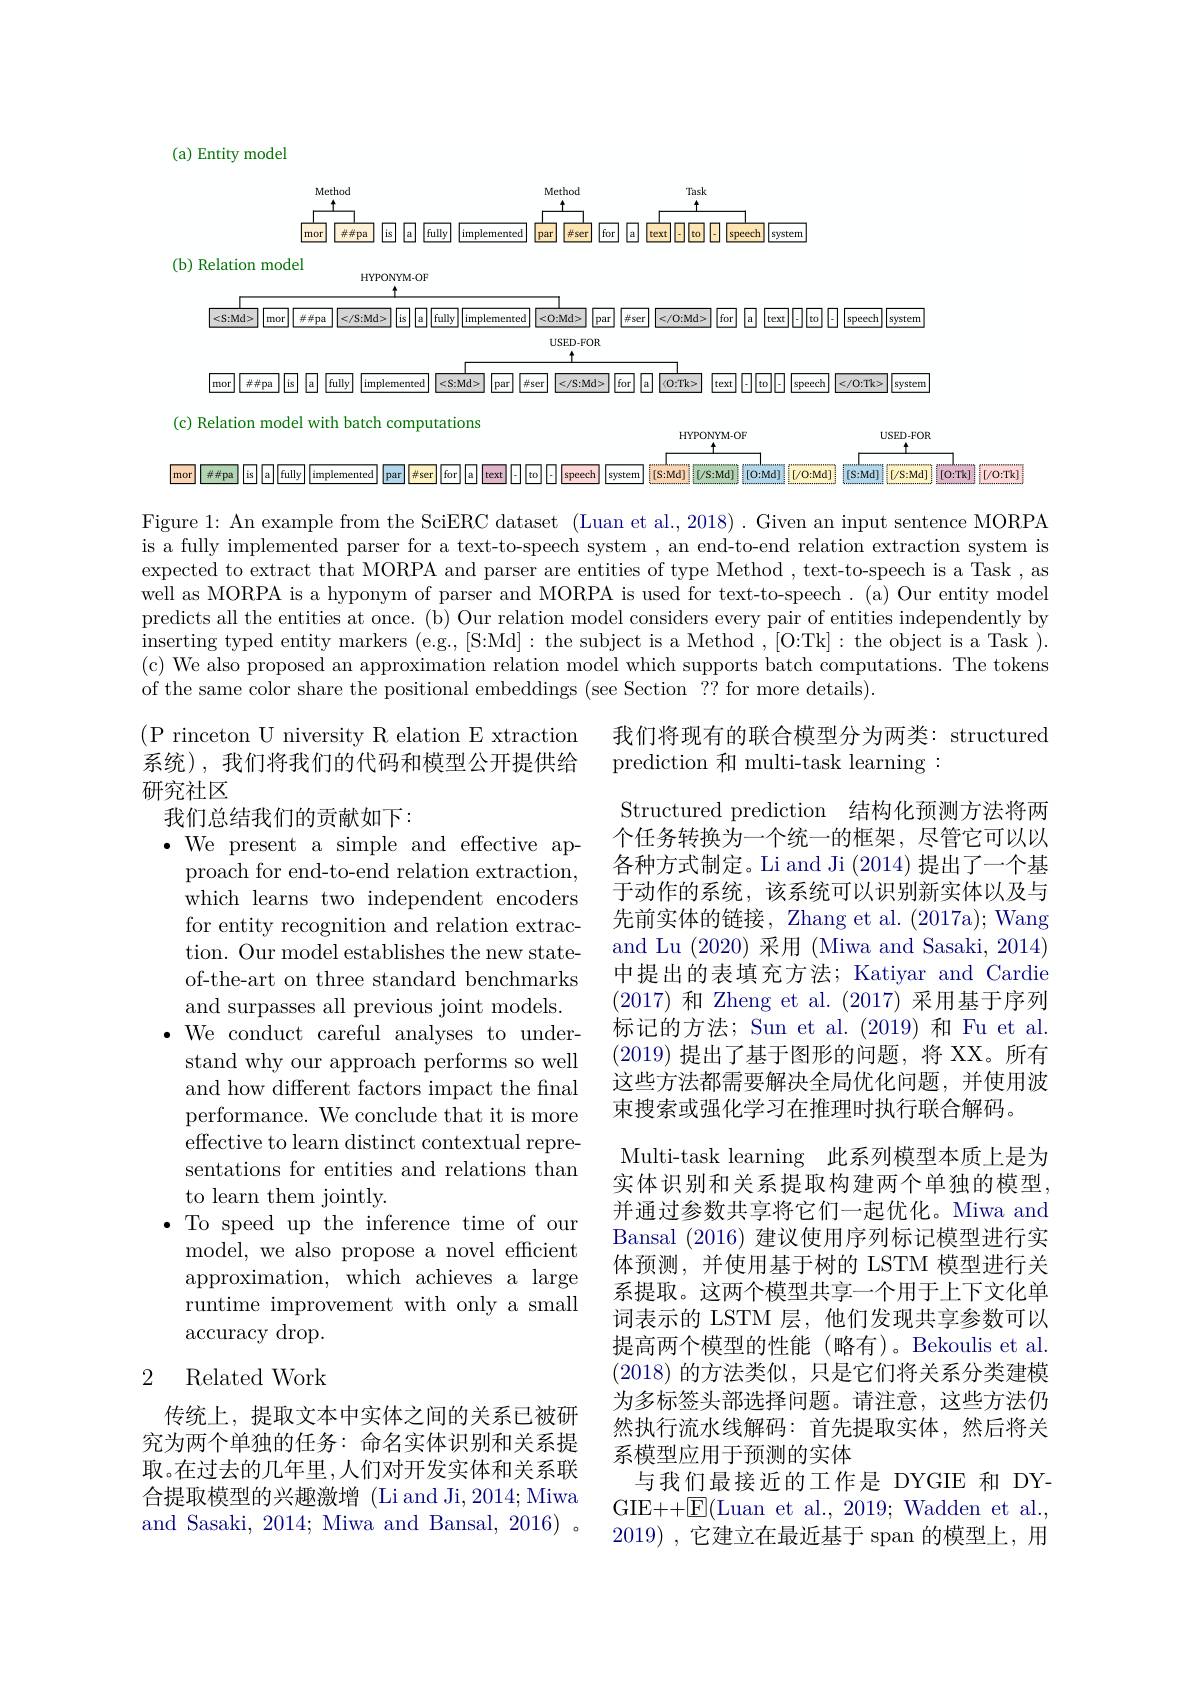
(a) Entity model
$$\overset{\mathrm{Method}}{\operatorname*{\overbrace{mor}}}\overset{\mathrm{Method}}{\operatorname*{\boxed{mor}}}\overset{\mathrm{Method}}{\operatorname*{\boxed{\#\#pa}}}\overset{\mathrm{Task}}{\operatorname*{\boxed{is}}}\overset{\mathrm{Task}}{\operatorname*{\boxed{is}}}\overset{\mathrm{Task}}{\operatorname*{\boxed{implemented}}}\overset{\mathrm{Method}}{\operatorname*{\boxed{par}}}\overset{\mathrm{Task}}{\operatorname*{\boxed{iser}}}\overset{\mathrm{Task}}{\operatorname*{\boxed{is}}}\overset{\mathrm{Task}}{\operatorname*{\boxed{is}}}\overset{\mathrm{Task}}{\operatorname*{\boxed{is}}}\overset{\mathrm{Task}}{\operatorname*{\boxed{is}}}\overset{\mathrm{Task}}{\operatorname*{\boxed{is}}}\overset{\mathrm{Task}}{\operatorname*{\boxed{is}}}\overset{\mathrm{Task}}{\operatorname*{\boxed{is}}}\overset{\mathrm{Task}}{\operatorname*{\boxed{is}}}\overset{\mathrm{Task}}{\operatorname*{\boxed{is}}}\overset{\mathrm{Task}}{\operatorname*{\boxed{is}}}\overset{\mathrm{Task}}{\operatorname*{\boxed{is}}}\overset{\mathrm{Task}}{\operatorname*{\boxed{is}}}\overset{\mathrm{Task}}{\operatorname*{\boxed{is}}}\overset{\mathrm{Task}}{\operatorname*{\boxed{is}}}\overset{\mathrm{Task}}{\operatorname*{\boxed{is}}}\overset{\mathrm{Task}}{\operatorname*{\boxed{is}}}\overset{\mathrm{Task}}{\operatorname*{\boxed{is}}}\overset{\mathrm{Task}}{\operatorname*{\boxed{is}}}\overset{\mathrm{Task}}{\operatorname*{\boxed{is}}}\overset{\mathrm{Task}}{\operatorname*{\boxed{is}}}\overset{\mathrm{Task}}{\operatorname*{\boxed{is}}}\overset{\mathrm{Task}}{\operatorname*{\boxed{is}}}\overset{\mathrm{Task}}{\operatorname*{\boxed{is}}}\overset{\mathrm{Task}}{\operatorname*{\boxed{is}}}\overset{\mathrm{Task}}{\operatorname*{\boxed{is}}}\overset{\mathrm{Task}}{\operatorname*{\boxed{is}}}\overset{\mathrm{Task}}{\operatorname*{\boxed{is}}}\overset{\mathrm{Task}}{\operatorname*{\boxed{is}}}\overset{\mathrm{Task}}{\operatorname*{\boxed{is}}}\overset{\mathrm{Task}}{\operatorname*{\boxed{is}}}\overset{\mathrm{Task}}{\operatorname*{\boxed{is}}}\overset{\mathrm{Task}}{\operatorname*{\boxed{is}}}\overset{\mathrm{Task}}{\operatorname*{\boxed{is}}}\overset{\mathrm{Task}}{\operatorname*{\boxed{is}}}\overset{\mathrm{Task}}{\operatorname*{\boxed{is}}}\overset{\mathrm{Task}}{\operatorname*{\boxed{is}}}\overset{\mathrm{Task}}{\operatorname*{\boxed{is}}}\overset{\mathrm{Task}}{\operatorname*{\boxed{is}}}\overset{\mathrm{Task}}{\operatorname*{\boxed{is}}}\overset{\mathrm{Task}}{\operatorname*{\boxed{is}}}\overset{\mathrm{Task}}{\operatorname*{\boxed{is}}}\overset{\mathrm{Task}}{\operatorname*{\boxed{is}}}\overset{\mathrm{Task}}{\operatorname*{\boxed{is}}}\overset{\mathrm{Task}}{\operatorname*{\boxed{is}}}\overset{\mathrm{Task}}$$
(b) Relation model
HYPONYM-OF
$\boxed{<\mathrm{S:Md>}}\boxed{\mathrm{mor}}\boxed{\#\#\mathrm{pa}}\boxed{\leqslant/\mathrm{S:Md>}}\boxed{\mathrm{is}}\boxed{\mathrm{a}\boxed{\mathrm{fully}}\boxed{\mathrm{implemented}}\boxed{\mathrm{<O:Md>}}\boxed{\mathrm{~sO:Md>~}\boxed{\mathrm{~par~}\:\mathrm{~t</O:Md>~}\:\mathrm{~for~}\:\mathrm{~a~~~[~text~-|~]~for~}\boxed{\mathrm{~text~}\boxed{\mathrm{~for~}\:\mathrm{~tspecech~}\boxed{\mathrm{~system~}}}}}\boxed{\mathrm{~specech~}}\boxed{\mathrm{~system~}}\boxed{\mathrm{~mor~}\:\mathrm{~t\neq~pa~}}\boxed{\mathrm{}}}}$
$USED-FOR$
(c) Relation model with batch computations

$\underset{4}{\operatorname*{HYPONYM-OF}}$

$\underset{\uparrow}{\operatorname*{\operatorname*{\operatorname*{USED-FOR}}}}$

mor $\boxed{\#\#\text{pa}}\boxed{\mathrm{is}}\boxed{\mathrm{a}}\boxed{\mathrm{fully}}\boxed{\mathrm{implemented}}\boxed{\mathrm{par}}\boxed{\#\mathrm{eer}}\boxed{\mathrm{for}}\boxed{\mathrm{a}}\boxed{\mathrm{text}}\boxed{\mathrm{to}}\boxed{\mathrm{speced}}\boxed{\mathrm{system}}\boxed{[\mathrm{s:Md}]}\boxed{[\mathrm{O:Md}]}\boxed{[\mathrm{O:Md}]}\boxed{[\mathrm{O:Md}]}\boxed{[\mathrm{O:Md}]}\boxed{[\mathrm{O:Md}]}\boxed{[\mathrm{O:Md}]}\boxed{[\mathrm{O:Md}]}\boxed{[\mathrm{O:Tk}]}\boxed{[\mathrm{O:Tk}]}\boxed{[\mathrm{O:Tk}]}\boxed{\mathrm{O:Tk}}$

Figure 1: An example from the SciERC dataset (Luan et al., 2018) . Given an input sentence MORPA is a fully implemented parser for a text-to-speech system , an end-to-end relation extraction system is expected to extract that MORPA and parser are entities of type Method , text-to-speech is a Task , as well as MORPA is a hyponym of parser and MORPA is used for text-to-speech. (a) Our entity model predicts all the entities at once. (b) Our relation model considers every pair of entities independently by inserting typed entity markers (e.g.,[S:Md]: the subject is a Method , [O:Tk]: the object is a Task ). (c) We also proposed an approximation relation model which supports batch computations. The tokens of the same color share the positional embeddings (see Section ?? for more details).

我们将现有的联合模型分为两类：structured
prediction 和 multi-task learning :

( P rinceton U niversity R elation E xtraction 系统),我们将我们的代码和模型公开提供给## 研究社区我们总结我们的贡献如下：

$\bullet$ We present a simple and effective ap-
proach for end-to-end relation extraction, which learns two independent encoders for entity recognition and relation extraction. Our model establishes the new stateof-the-art on three standard benchmarks and surpasses all previous joint models. $\bullet$We conduct careful analyses to understand why our approach performs so well and how different factors impact the final performance. We conclude that it is more effective to learn distinct contextual representations for entities and relations than to learn them jointly.
$\bullet$ To speed up the inference time of our
model, we also propose a novel efficient approximation, which achieves a large runtime improvement with only a small accuracy drop.

Structured prediction 结构化预测方法将两个任务转换为一个统一的框架，尽管它可以以各种方式制定。Li and Ji (2014) 提出了一个基于动作的系统，该系统可以识别新实体以及与先前实体的链接，Zhang et al. (2017a); Wang and Lu (2020)采用 (Miwa and Sasaki, 2014) 中提出的表填充方法；Katiyar and Cardie (2017)和 Zheng et al. (2017) 采用基于序列标记的方法；Sun et al.(2019) 和 Fu et al. (2019)提出了基于图形的问题，将 XX。所有这些方法都需要解决全局优化问题，并使用波束搜索或强化学习在推理时执行联合解码。
Multi-task learning 此系列模型本质上是为实体识别和关系提取构建两个单独的模型并通过参数共享将它们一起优化。Miwa and Bansal (2016)建议使用序列标记模型进行实体预测，并使用基于树的 LSTM 模型进行关系提取。这两个模型共享一个用于上下文化单词表示的 LSTM 层，他们发现共享参数可以提高两个模型的性能(略有)。Bekoulis et al. (2018)的方法类似，只是它们将关系分类建模为多标签头部选择问题。请注意，这些方法仍然执行流水线解码：首先提取实体，然后将关系模型应用于预测的实体
与我们最接近的工作是 DYGIE 和 DYGIE++$\pm 因($Luan et al., 2019; Wadden et al., 2019) , 它建立在最近基于 span 的模型上，用

## 2 Related Work

传统上，提取文本中实体之间的关系已被研究为两个单独的任务：命名实体识别和关系提取。在过去的几年里，人们对开发实体和关系联合提取模型的兴趣激增 (Li and Ji, 2014; Miwa and Sasaki, 2014; Miwa and Bansal, 2016) 。